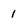
Character: 1